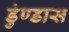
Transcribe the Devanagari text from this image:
डुंण्डास